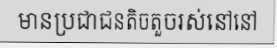
មានប្រជាជនតិចតួចរស់នៅនៅ